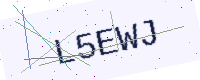
Text: L5EWJ